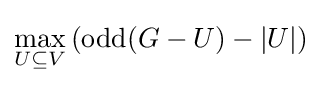
\max _{U\subseteq V}\left(\operatorname {odd} (G-U)-|U|\right)